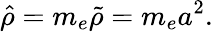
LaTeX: \hat{\rho}=m_{e}\tilde{\rho}=m_{e}a^{2}.